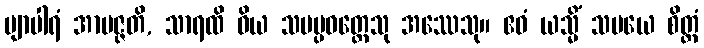
ဗျာပါရံ အာပဇ္ဇတိ, သာရထိ ဝိယ သမပ္ပဝတ္တေသု အဿေသု။ ဧဝံ ယသ္မိံ သမယေ စိတ္တံ